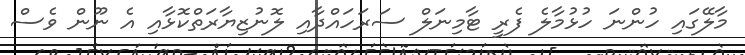
މާލޭގައި ހުންނަ ހުޅުމާލެ ފެރީ ޓާމިނަލް ސަރަހައްދާއި ލޮނުޒިޔާރަތްކޮޅާއި އެ ނޫން ވެސް